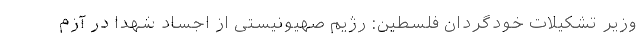
وزیر تشکیلات خودگردان فلسطین: رژیم صهیونیستی از اجساد شهدا در آزم